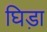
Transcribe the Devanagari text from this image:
घिड़ा